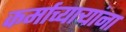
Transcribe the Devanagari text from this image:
कर्माच्यार्‍यांना